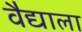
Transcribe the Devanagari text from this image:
वैद्याला